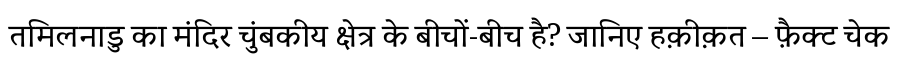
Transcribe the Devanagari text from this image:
तमिलनाडु का मंदिर चुंबकीय क्षेत्र के बीचों-बीच है? जानिए हक़ीक़त – फ़ैक्ट चेक